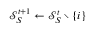
\mathcal { S } _ { S } ^ { t + 1 } \leftarrow \mathcal { S } _ { S } ^ { t } \setminus \{ i \}